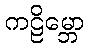
ကဠိမ္ဘော